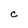
Character: C